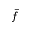
\bar { f }